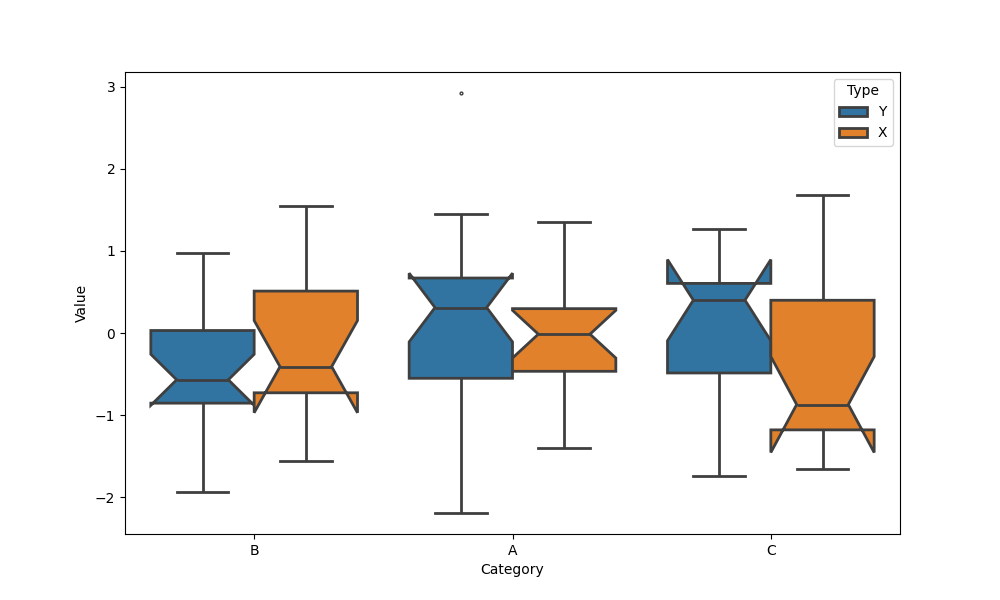
python, seaborn, boxplot, width=0.8, linewidth=2, fliersize=2, notch=True